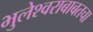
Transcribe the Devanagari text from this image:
भुलेश्वराबाबतचा